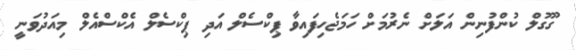
ގޫގުލް ކުންފުނިން އަލަށް ނެރުމަށް ހަމަޖެހިފައިވާ ޕިކްސެލް އަދި ޕިކްސެލް އެކްސްއެލް މިއަދުވަނީ